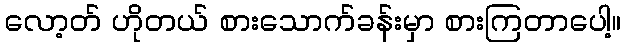
လော့တ် ဟိုတယ် စားသောက်ခန်းမှာ စားကြတာပေါ့။